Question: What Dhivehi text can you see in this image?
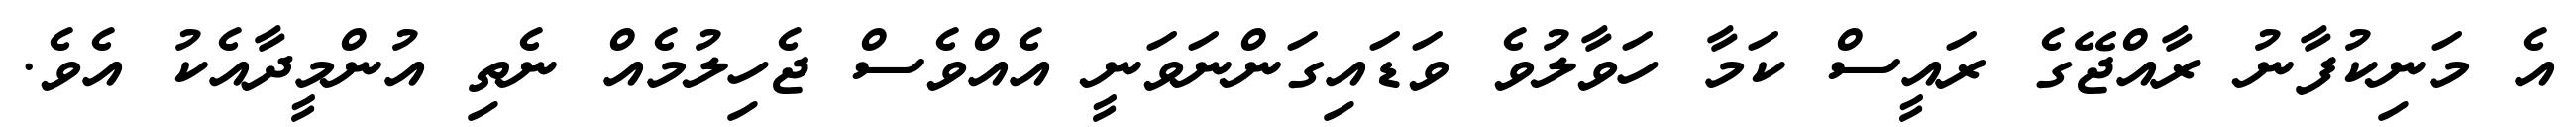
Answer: އެ މަނިކުފާނު ރާއްޖޭގެ ރައީސް ކަމާ ހަވާލުވެ ވަޑައިގަންނަވަނީ އެއްވެސް ޖެހިލުމެއް ނެތި އުންމީދާއެކު އެވެ.